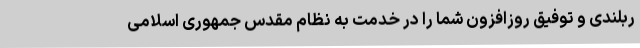
ربلندی و توفیق روزافزون شما را در خدمت به نظام مقدس جمهوری اسلامی